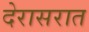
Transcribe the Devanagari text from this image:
देरासरात